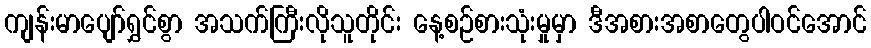
ကျန်းမာပျော်ရွှင်စွာ အသက်ကြီးလိုသူတိုင်း နေ့စဉ်စားသုံးမှုမှာ ဒီအစားအစာတွေပါဝင်အောင်